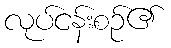
လုပ်ငန်းစဉ်၏